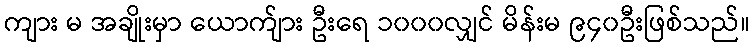
ကျား မ အချိုးမှာ ယောက်ျား ဦးရေ ၁၀၀၀လျှင် မိန်းမ ၉၄၀ဦးဖြစ်သည်။